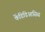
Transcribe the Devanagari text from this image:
केंडिडिआसिस